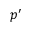
p ^ { \prime }